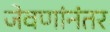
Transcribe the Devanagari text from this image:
जेवणांनंतर